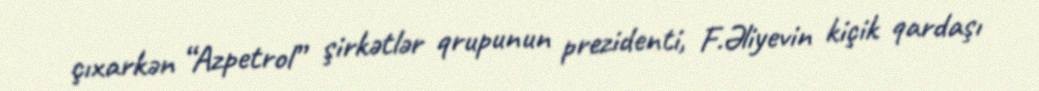
çıxarkən “Azpetrol” şirkətlər qrupunun prezidenti, F.Əliyevin kiçik qardaşı